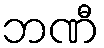
ဘဏီ